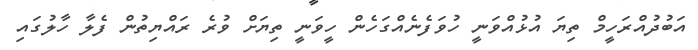
އަބުދުއްރަހީމް ތިޔަ އުޅުއްވަނީ ހުވަފެނެއްގަހެން ހީވަނީ ތިޔަށް ވުރެ ރައްޔިތުން ފެލާ ހާލުގައި